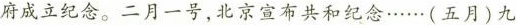
府成立纪念。二月一号，北京宣布共和纪念……(五月)九